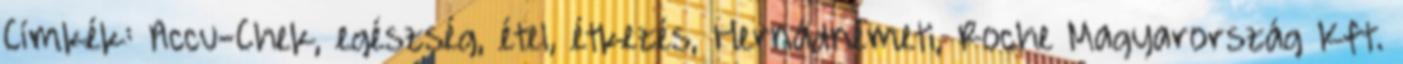
Címkék: Accu-Chek, egészség, étel, étkezés, Hernádnémeti, Roche Magyarország Kft.